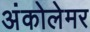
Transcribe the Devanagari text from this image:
अंकोलेमर